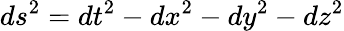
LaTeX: ds^{2}=dt^{2}-dx^{2}-dy^{2}-dz^{2}